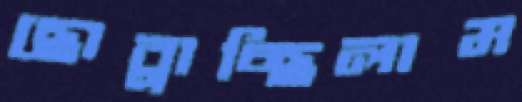
ছোব্‌লাচ্ছিলাম